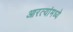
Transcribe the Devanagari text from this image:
आरत्यांमध्ये